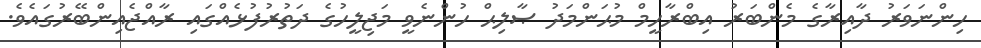
ހިންނަވަރު ދާއިރާގެ މެންބަރު އިބްރާހީމް މުޙަންމަދު ޞާލިޙް ހުންނެވީ މަޖިލީހުގެ ދަތުރުފުޅެއްގައި ރާއްޖެއިންބޭރުގައެވެ.